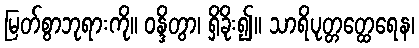
မြတ်စွာဘုရားကို။ ဝန္ဒိတွာ၊ ရှိခိုး၍။ သာရိပုတ္တတ္ထေရေန၊